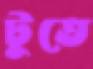
টুতে